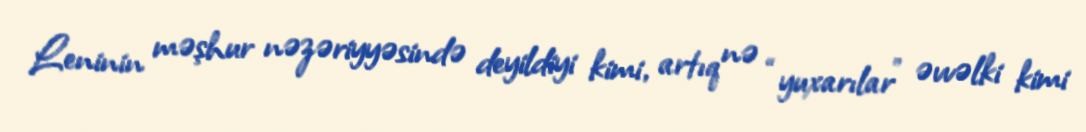
Leninin məşhur nəzəriyyəsində deyildiyi kimi, artıq nə “yuxarılar” əvvəlki kimi